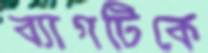
ব্যাগটিকে